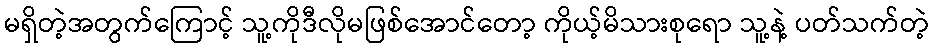
မရှိတဲ့အတွက်ကြောင့် သူ့ကိုဒီလိုမဖြစ်အောင်တော့ ကိုယ့်မိသားစုရော သူ့နဲ့ ပတ်သက်တဲ့